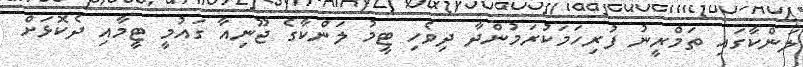
ލަންކާގައި ތަމްރީނު ފުރިހަމަކުރަމުންދާ ދިވެހި ޓީމު ލަންކާގެ ޖޫނިއާ ގައުމީ ޓީމާއި ދެކޮޅަށް